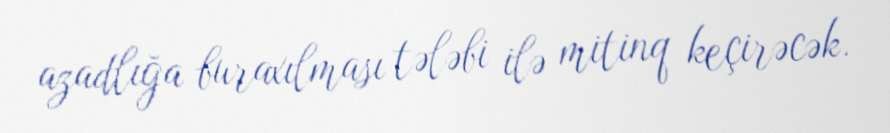
azadlığa buraxılması tələbi ilə mitinq keçirəcək.